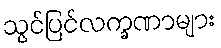
သွင်ပြင်လက္ခဏာများ